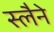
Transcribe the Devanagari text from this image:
स्लैने